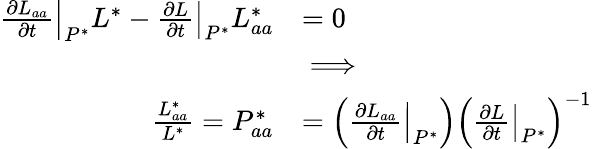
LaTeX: \begin{array}{rl}{\left.\frac{\partial L_{aa}}{\partial t}\right|_{P^{*}}L^{*}-\left.\frac{\partial L}{\partial t}\right|_{P^{*}}L_{aa}^{*}}&{=0}\\ &{\implies}\\ {\frac{L_{aa}^{*}}{L^{*}}=P_{aa}^{*}}&{=\left(\left.\frac{\partial L_{aa}}{\partial t}\right|_{P^{*}}\right)\left(\left.\frac{\partial L}{\partial t}\right|_{P^{*}}\right)^{-1}}\end{array}